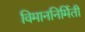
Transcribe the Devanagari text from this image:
विमाननिर्मिती